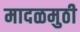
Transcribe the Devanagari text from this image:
मादळमुठी